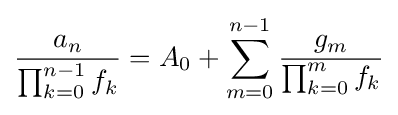
{\frac {a_{n}}{\prod _{k=0}^{n-1}f_{k}}}=A_{0}+\sum _{m=0}^{n-1}{\frac {g_{m}}{\prod _{k=0}^{m}f_{k}}}